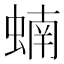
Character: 蝻